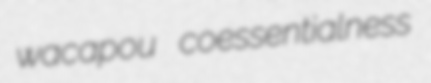
wacapou coessentialness